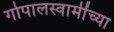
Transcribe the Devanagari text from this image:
गोपालस्वामींच्या